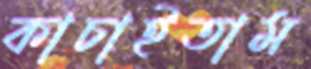
কাচাইতাম